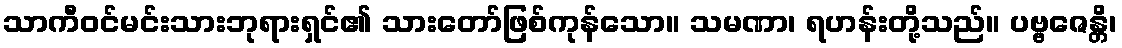
သာကီဝင်မင်းသားဘုရားရှင်၏ သားတော်ဖြစ်ကုန်သော။ သမဏာ၊ ရဟန်းတို့သည်။ ပဗ္ဗဇေန္တိ၊